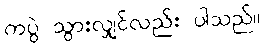
ကပွဲ သွားလျှင်လည်း ပါသည်။